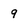
Character: 9